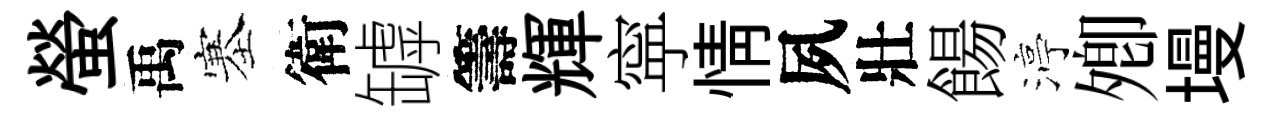
螢禹塞衛罅籌輝寜情夙壯餳渟𡖖墁